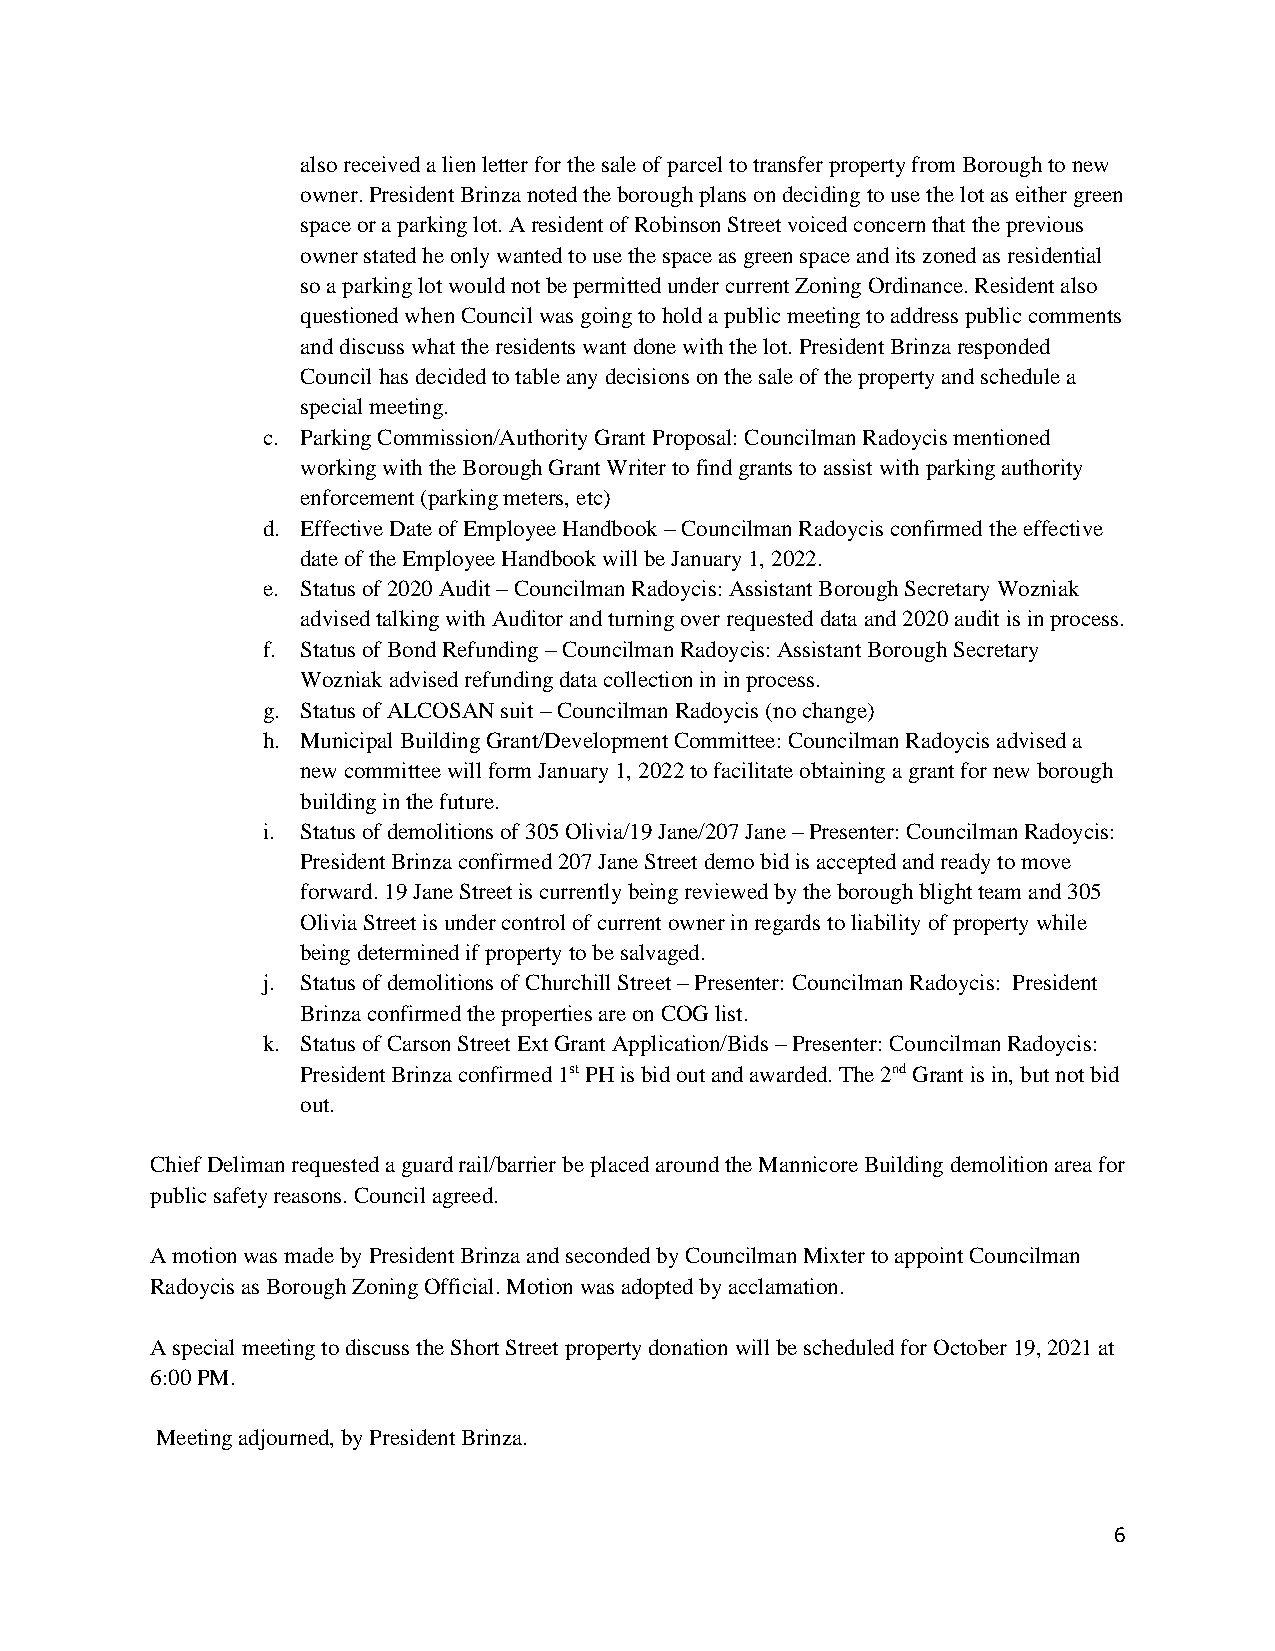
also received a lien letter for the sale of parcel to transfer property from Borough to new
 owner. President Brinza noted the borough plans on deciding to use the lot as either green
 space or a parking lot. A resident of Robinson Street voiced concern that the previous
 owner stated he only wanted to use the space as green space and its zoned as residential
 so a parking lot would not be permitted under current Zoning Ordinance. Resident also
 questioned when Council was going to hold a public meeting to address public comments
 and discuss what the residents want done with the lot. President Brinza responded
 Council has decided to table any decisions on the sale of the property and schedule a
 special meeting.
 c. Parking Commission/Authority Grant Proposal: Councilman Radoycis mentioned
 working with the Borough Grant Writer to find grants to assist with parking authority
 enforcement (parking meters, etc)
 d. Effective Date of Employee Handbook – Councilman Radoycis confirmed the effective
 date of the Employee Handbook will be January 1, 2022.
 e. Status of 2020 Audit – Councilman Radoycis: Assistant Borough Secretary Wozniak
 advised talking with Auditor and turning over requested data and 2020 audit is in process.
 f. Status of Bond Refunding – Councilman Radoycis: Assistant Borough Secretary
 Wozniak advised refunding data collection in in process.
 g. Status of ALCOSAN suit – Councilman Radoycis (no change)
 h. Municipal Building Grant/Development Committee: Councilman Radoycis advised a
 new committee will form January 1, 2022 to facilitate obtaining a grant for new borough
 building in the future.
 i. Status of demolitions of 305 Olivia/19 Jane/207 Jane – Presenter: Councilman Radoycis:
 President Brinza confirmed 207 Jane Street demo bid is accepted and ready to move
 forward. 19 Jane Street is currently being reviewed by the borough blight team and 305
 Olivia Street is under control of current owner in regards to liability of property while
 being determined if property to be salvaged.
 j. Status of demolitions of Churchill Street – Presenter: Councilman Radoycis: President
 Brinza confirmed the properties are on COG list.
 k. Status of Carson Street Ext Grant Application/Bids – Presenter: Councilman Radoycis:
 President Brinza confirmed 1st PH is bid out and awarded. The 2nd Grant is in, but not bid
 out.
 Chief Deliman requested a guard rail/barrier be placed around the Mannicore Building demolition area for
 public safety reasons. Council agreed.
 A motion was made by President Brinza and seconded by Councilman Mixter to appoint Councilman
 Radoycis as Borough Zoning Official. Motion was adopted by acclamation.
 A special meeting to discuss the Short Street property donation will be scheduled for October 19, 2021 at
 6:00 PM.
 Meeting adjourned, by President Brinza.
 6